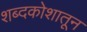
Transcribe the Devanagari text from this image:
शब्दकोशातून